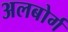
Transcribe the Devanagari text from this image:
अलबोर्ग